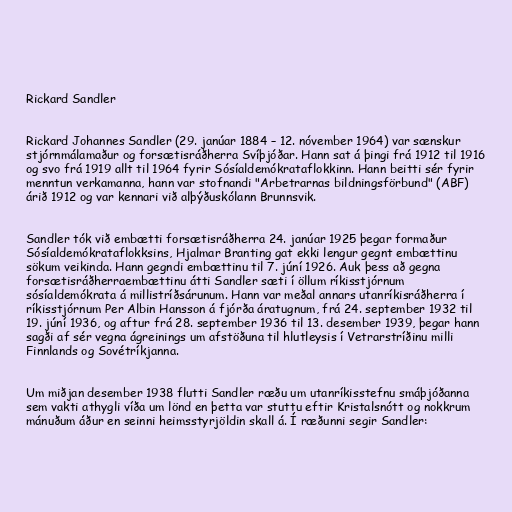
Rickard Sandler

Rickard Johannes Sandler (29. janúar 1884 – 12. nóvember 1964) var sænskur
stjórnmálamaður og forsætisráðherra Svíþjóðar. Hann sat á þingi frá 1912 til 1916
og svo frá 1919 allt til 1964 fyrir Sósíaldemókrataflokkinn. Hann beitti sér fyrir
menntun verkamanna, hann var stofnandi "Arbetrarnas bildningsförbund" (ABF)
árið 1912 og var kennari við alþýðuskólann Brunnsvik.

Sandler tók við embætti forsætisráðherra 24. janúar 1925 þegar formaður
Sósíaldemókrataflokksins, Hjalmar Branting gat ekki lengur gegnt embættinu
sökum veikinda. Hann gegndi embættinu til 7. júní 1926. Auk þess að gegna
forsætisráðherraembættinu átti Sandler sæti í öllum ríkisstjórnum
sósíaldemókrata á millistríðsárunum. Hann var meðal annars utanríkisráðherra í
ríkisstjórnum Per Albin Hansson á fjórða áratugnum, frá 24. september 1932 til
19. júní 1936, og aftur frá 28. september 1936 til 13. desember 1939, þegar hann
sagði af sér vegna ágreinings um afstöðuna til hlutleysis í Vetrarstríðinu milli
Finnlands og Sovétríkjanna.

Um miðjan desember 1938 flutti Sandler ræðu um utanríkisstefnu smáþjóðanna
sem vakti athygli víða um lönd en þetta var stuttu eftir Kristalsnótt og nokkrum
mánuðum áður en seinni heimsstyrjöldin skall á. Í ræðunni segir Sandler: